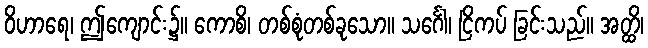
ဝိဟာရေ၊ ဤကျောင်း၌။ ကောစိ၊ တစ်စုံတစ်ခုသော။ သင်္ဂေါ၊ ငြိကပ် ခြင်းသည်။ အတ္ထိ၊